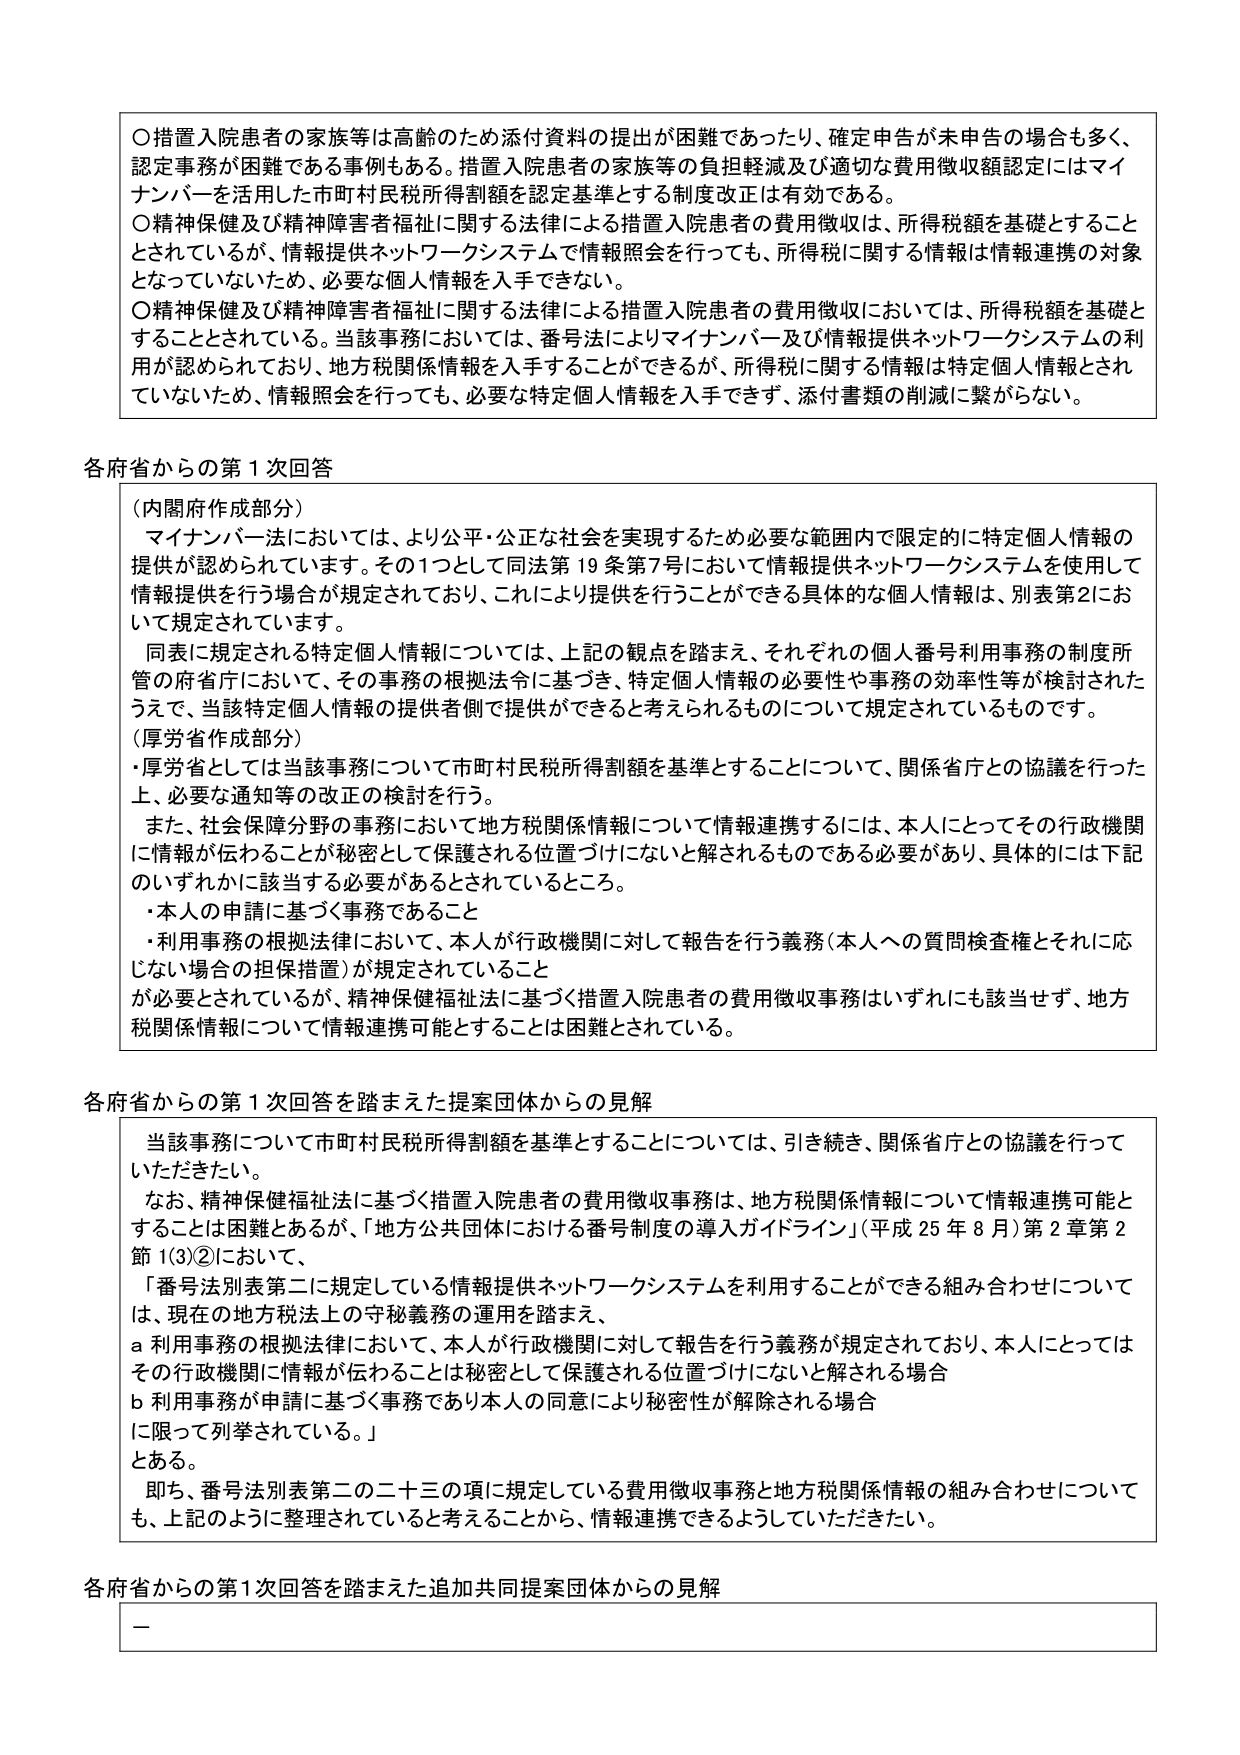
〇措置入院患者の家族等は高齢のため添付資料の提出が困難であったり、確定申告が未申告の場合も多く、認定事務が困難である事例もある。措置入院患者の家族等の負担軽減及び適切な費用徴収額認定にはマイナンバーを活用した市町村民税所得割額を認定基準とする制度改正は有効である。

〇精神保健及び精神障害者福祉に関する法律による措置入院患者の費用徴収は、所得税額を基礎とすることとされているが、情報提供ネットワークシステムで情報照会を行っても、所得税に関する情報は情報連携の対象となっていないため、必要な個人情報を入手できない。

〇精神保健及び精神障害者福祉に関する法律による措置入院患者の費用徴収においては、所得税額を基礎とすることとされている。当該事務においては、番号法によりマイナンバー及び情報提供ネットワークシステムの利用が認められており、地方税関係情報を入手することができるが、所得税に関する情報は特定個人情報とされていないため、情報照会を行っても、必要な特定個人情報を入手できず、添付書類の削減に繋がらない。

各府省からの第１次回答

（内閣府作成部分）
マイナンバー法においては、より公平・公正な社会を実現するため必要な範囲内で限定的に特定個人情報の提供が認められています。その1つとして同法第19条第7号において情報提供ネットワークシステムを使用して情報提供を行う場合が規定されており、これにより提供を行うことができる具体的な個人情報は、別表第2において規定されています。

同表に規定される特定個人情報については、上記の観点を踏まえ、それぞれの個人番号利用事務の制度所管の府省庁において、その事務の根拠法令に基づき、特定個人情報の必要性や事務の効率性等が検討されたうえで、当該特定個人情報の提供者側で提供ができると考えられるものについて規定されているものです。

（厚労省作成部分）
・厚労省としては当該事務について市町村民税所得割額を基準とすることについて、関係省庁との協議を行った上、必要な通知等の改正の検討を行う。

また、社会保障分野の事務において地方税関係情報について情報連携するには、本人にとってその行政機関に情報が伝わることが秘密として保護される位置づけにないと解されるものである必要があり、具体的には下記のいずれかに該当する必要があるとされているところ。
・本人の申請に基づく事務であること
・利用事務の根拠法律において、本人が行政機関に対して報告を行う義務（本人への質問検査権とそれに応じない場合の担保措置）が規定されていること
が必要とされているが、精神保健福祉法に基づく措置入院患者の費用徴収事務はいずれにも該当せず、地方税関係情報について情報連携可能とすることは困難とされている。

各府省からの第１次回答を踏まえた提案団体からの見解

当該事務について市町村民税所得割額を基準とすることについては、引き続き、関係省庁との協議を行っていただきたい。

なお、精神保健福祉法に基づく措置入院患者の費用徴収事務は、地方税関係情報について情報連携可能とすることは困難であるが、「地方公共団体における番号制度の導入ガイドライン」（平成25年8月）第2章第2節1(3)②において、
「番号法別表第二に規定している情報提供ネットワークシステムを利用することができる組み合わせについては、現在の地方税法上の守秘義務の運用を踏まえ、
a 利用事務の根拠法律において、本人が行政機関に対して報告を行う義務が規定されており、本人にとってはその行政機関に情報が伝わることは秘密として保護される位置づけにないと解される場合
b 利用事務が申請に基づく事務であり本人の同意により秘密性が解除される場合
に限って列挙されている。」
とある。

即ち、番号法別表第二の二十三の項に規定している費用徴収事務と地方税関係情報の組み合わせについても、上記のように整理されていると考えることから、情報連携できるようにいただきたい。

各府省からの第1次回答を踏まえた追加共同提案団体からの見解
－